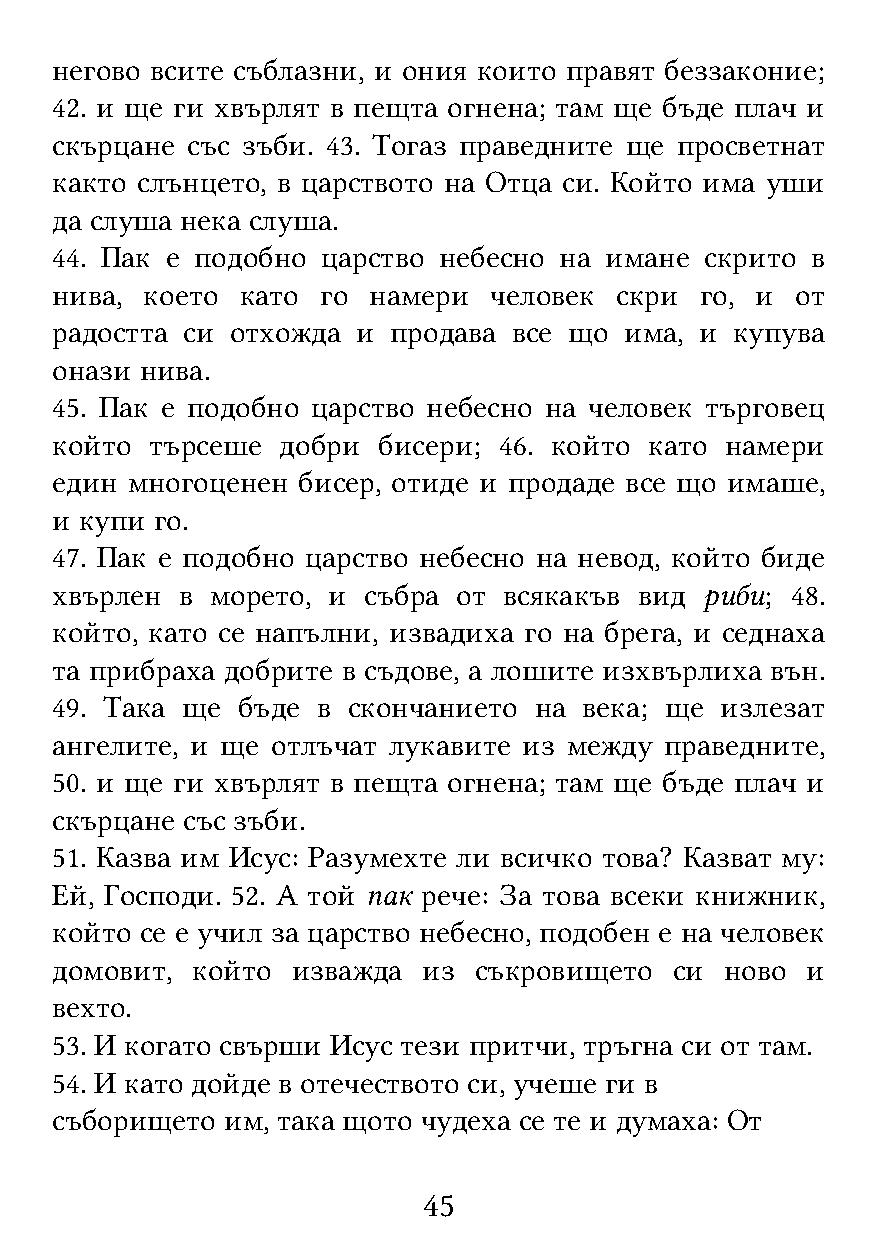
негово всите съблазни, и ония които правят беззаконие;
 42. и ще ги хвърлят в пещта огнена; там ще бъде плач и
 скърцане със зъби. 43. Тогаз праведните ще просветнат
 както слънцето, в царството на Отца си. Който има уши
 да слуша нека слуша.
 44. Пак е подобно царство небесно на имане  скрито в
 нива, което  като го намери  человек  скри го, и  от
 радостта си отхожда  и продава все що има, и  купува
 онази нива.
 45. Пак е подобно царство небесно на человек търговец
 който  търсеше добри  бисери; 46. който като намери
 един многоценен  бисер, отиде и продаде все що имаше,
 и купи го.
 47. Пак е подобно царство небесно на невод, който биде
 хвърлен  в морето, и събра от всякакъв вид  риби; 48.
 който, като се напълни, извадиха го на брега, и седнаха
 та прибраха добрите в съдове, а лошите изхвърлиха вън.
 49. Така ще  бъде в скончанието на  века; ще излезат
 ангелите, и ще отлъчат лукавите из между праведните,
 50. и ще ги хвърлят в пещта огнена; там ще бъде плач и
 скърцане със зъби.
 51. Казва им Исус: Разумехте ли всичко това? Казват му:
 Ей, Господи. 52. А той пак рече: За това всеки книжник,
 който се е учил за царство небесно, подобен е на человек
 домовит,  който изважда  из съкровището   си ново и
 вехто.
 53. И когато свърши Исус тези притчи, тръгна си от там.
 54. И като дойде в отечеството си, учеше ги в
 съборището  им, така щото чудеха се те и думаха: От
 45